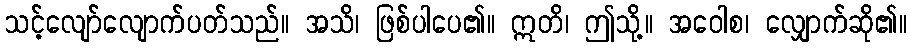
သင့်လျော်လျောက်ပတ်သည်။ အသိ၊ ဖြစ်ပါပေ၏။ ဣတိ၊ ဤသို့။ အဝေါစ၊ လျှောက်ဆို၏။